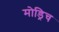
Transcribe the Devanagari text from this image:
मोड्रिच